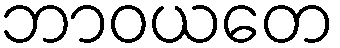
ဘာဝယတေ